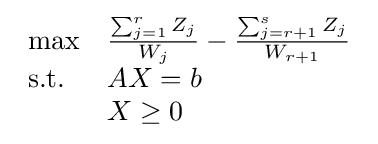
{\begin{array}{ll}\max &{\frac {\sum _{j=1}^{r}Z_{j}}{W_{j}}}-{\frac {\sum _{j=r+1}^{s}Z_{j}}{W_{r+1}}}\\{\text{s.t. }}&AX=b\\&X\geq 0\end{array}}